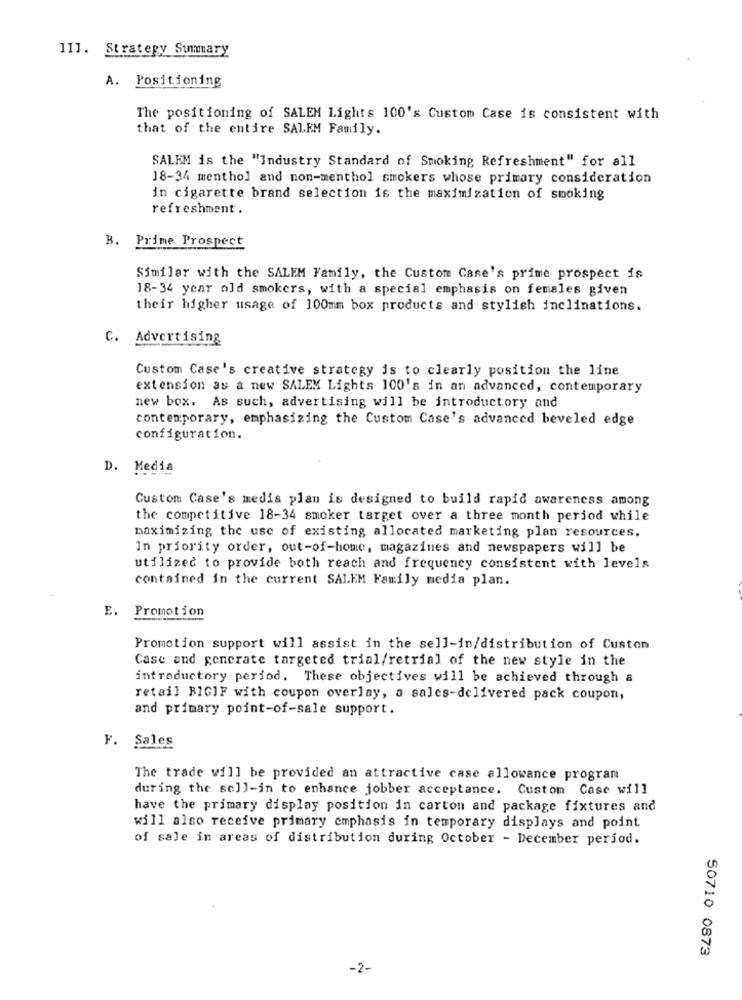
11]. Strategy Summary
A. Positioning
The positioning of SALEM Lights 100's Custom Case is consistent with
that of the entire SALEM Family.
SALEM is the "Industry Standard of Smoking Refreshment" for all
18-34 menthol and non-menthol smokers whose primary consideration
in cigarette brand selection is the maximization of smoking
refreshment .
B. Prime Prospect
Similar with the SALEM Family, the Custom Case's prime prospect is
18-34 year old smokers, with a special emphasis on females given
their higher usage of 100mm box products and stylish inclinations.
C. Advertising
Custom Case's creative strategy is to clearly position the line
extension as a new SALEM Lights 100's in an advanced, contemporary
new box. As such, advertising will be introductory and
contemporary, emphasizing the Custom Case's advanced beveled edge
configuration.
D. Media
Custom Case's media plan is designed to build rapid awareness among
the competitive 18-34 smoker target over a three month period while
maximizing the use of existing allocated marketing plan resources.
In priority order, out-of-home, magazines and newspapers will be
utilized to provide both reach and frequency consistent with levels
contained in the current SALEM Family media plan.
E. Promotion
Promotion support will assist in the sell-in/distribution of Custon
Case and generate targeted trial/retrial of the new style in the
introductory period. These objectives will be achieved through a
retail BIGIF with coupon overlay, a sales-delivered pack coupon,
and primary point-of-sale support.
F. Sales
The trade will be provided an attractive case allowance program
during the sell-in to enhance jobber acceptance. Custom Casc will
have the primary display position in carton and package fixtures and
will also receive primary emphasis in temporary displays and point
of sale in areas of distribution during October - December period.
50710 0873
-2-